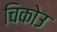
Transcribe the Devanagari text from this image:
चिकोउ